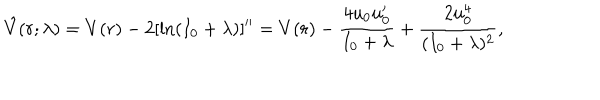
LaTeX: \hat { V } ( r ; \lambda ) = V ( r ) - 2 [ \ln ( I _ { 0 } + \lambda ) ] ^ { \prime \prime } = V ( r ) - \frac { 4 u _ { 0 } u _ { 0 } ^ { \prime } } { I _ { 0 } + \lambda } + \frac { 2 u _ { 0 } ^ { 4 } } { ( I _ { 0 } + \lambda ) ^ { 2 } } ,